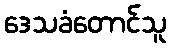
ဒေသခံတောင်သူ